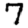
Digit: 7